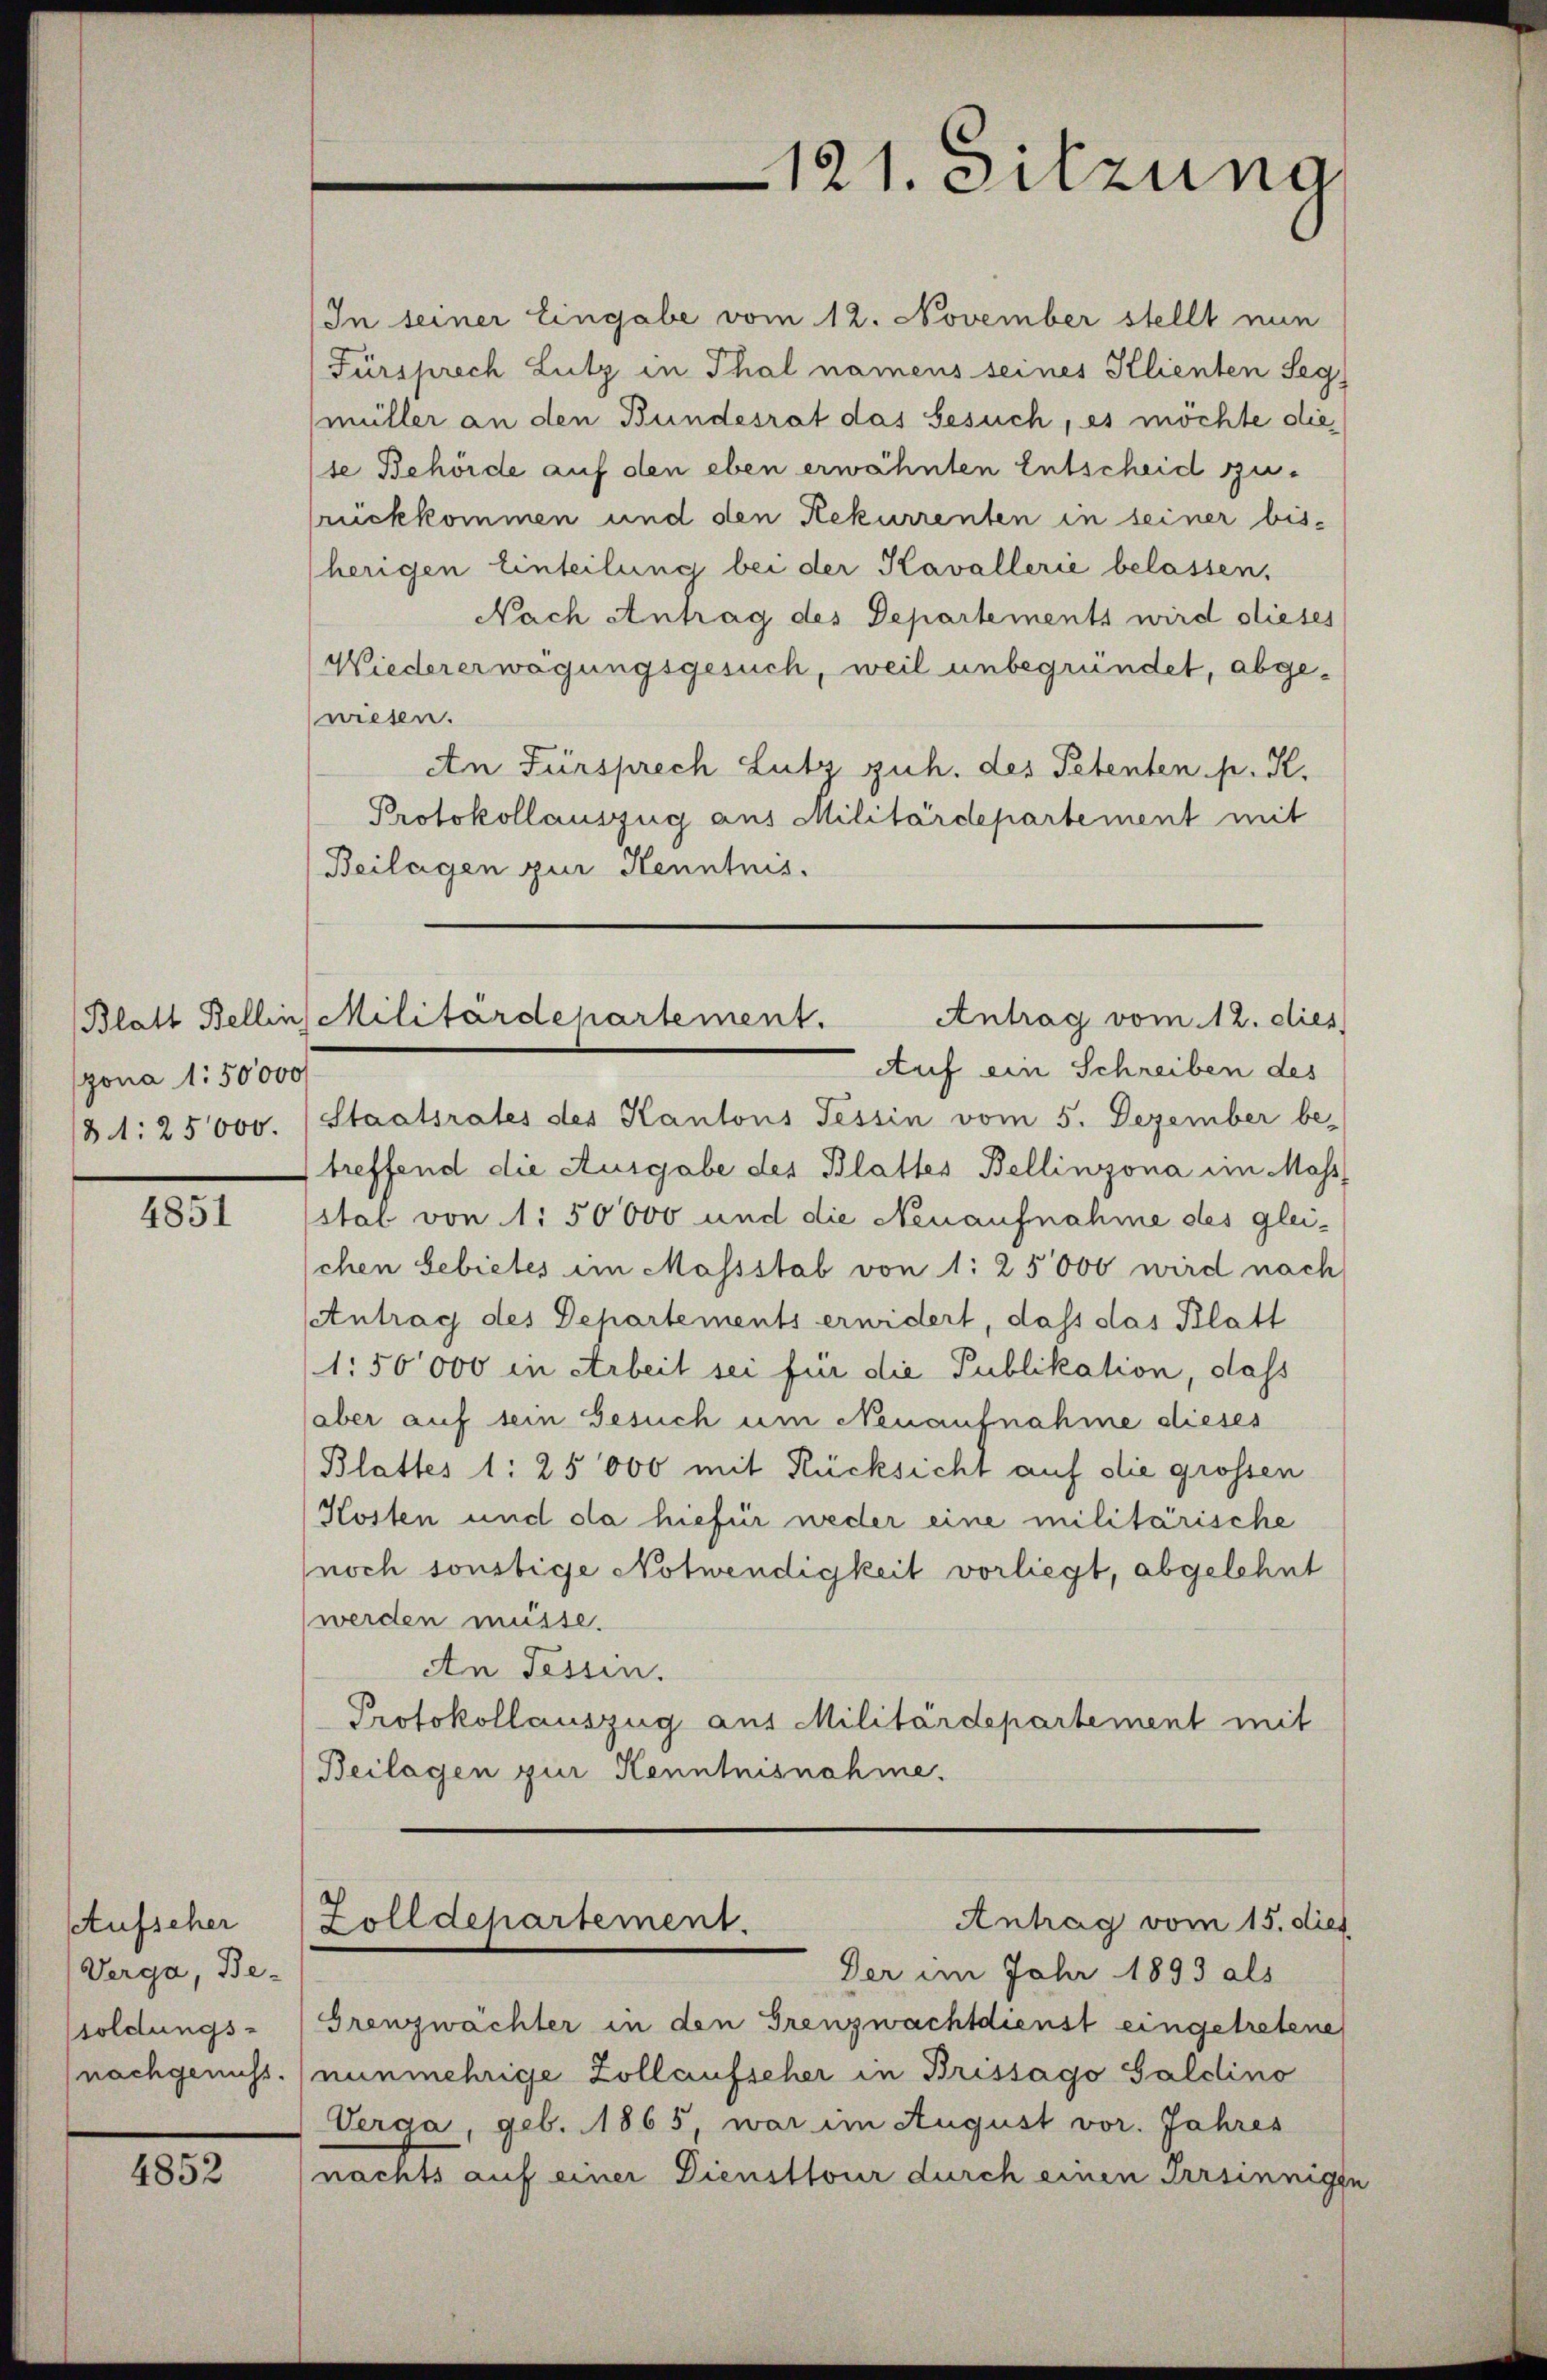
zona 150000

4851

Aufscher
Verga, Be-
soldungs-
(nachgenuss.

4852

In seiner Eingabe vom 12. November stellt nun
Fürsprech Lutz in Thal namens seines Klienten Seg
müller an den Bundesrat das Gesuch, es möchte die
se Behörde auf den eben erwähnten Entscheid zurückkommen und den Rekurrenten in seiner bisherigen Einteilung bei der Kavallerie belassen,
Nach Antrag des Departements wird dieses
Wiedererwägungsgesuch, weil unbegründet, abgewiesen.
An Fürsprech Lutz zuh. des Petenten pr. K.
Protokollauszug aus Militärdepartement mit
Beilagen zur Kenntnis.

121. Sitzung

Antrag vom 12. dies
(Blatt Bellins Militärdepartement.

Auf ein Schreiben des
181. 25000. (Staatsrates des Kantons Tessin vom 5. Dezember be-
treffend die Ausgabe des Blattes Bellinzona im Mass
stal von 1. 50000 und die Neuaufnahme des gleischen Gebietes im Massstab von 1: 25000 wird nach
Antrag des Departements erwidert, dass das Klatt
(1:50000 in Arbeit sei für die Publikation, dass
(aber auf sein Gesuch um Neuaufnahme dieses
Blattes 1: 25 000 mit Rücksicht auf die grossen
(Kosten und da hiefür weder eine militärische
noch sonstige Notwendigkeit vorliegt, abgelehnt
werden müsse.
An Tessin.
Protokollauszug aus Militärdepartement mit
Beilagen zur Kenntnisnahme.

Der im Jahr 1893 als
Grenzwächter in den Grenzwachtdienst eingetretene
nunmehrige Zollaufseher in Brissago Galdino
Verga, geb. 1865, war im August vor. Jahres
(nachts auf einer Dienstfour durch einen Irrsinnigen

Antrag vom 15. dies
Zolldepartement.